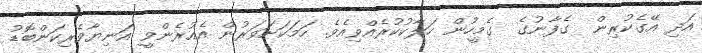
އަދި އޭގެކުރިން  ގެފާނުގެ  ގެމީހުން ހަލާކުކުރެއްވިއެވެ. ހަމަކަށަވަރުން އެއުރެންވީ އަނިޔާވެރިކަންބޮޑު